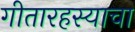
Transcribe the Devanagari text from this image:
गीतारहस्याचा